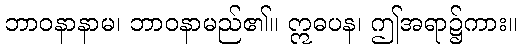
ဘာဝနာနာမ၊ ဘာဝနာမည်၏။ ဣဓပန၊ ဤအရာ၌ကား။